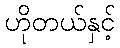
ဟိုတယ်နှင့်